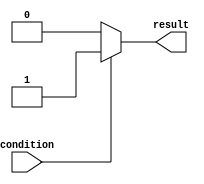
module if_else_example (
    input wire condition,
    output reg result
);

always @(*) begin
    if (condition) begin
        // Perform action when condition is true
        result <= 1;
    end else begin
        // Perform action when condition is false
        result <= 0;
    end
end

endmodule